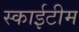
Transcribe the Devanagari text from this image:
स्‍काईटीम